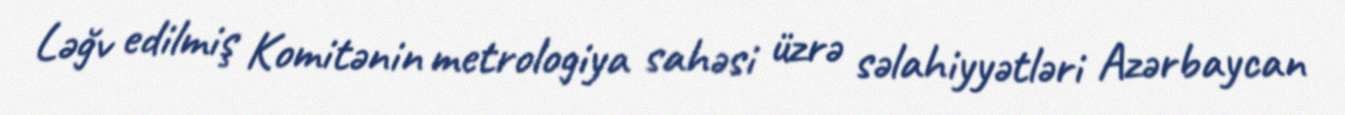
Ləğv edilmiş Komitənin metrologiya sahəsi üzrə səlahiyyətləri Azərbaycan